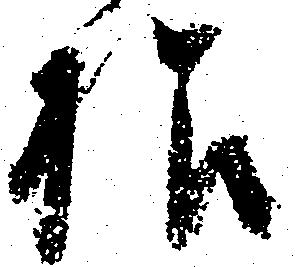
様